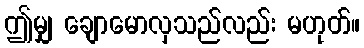
ဤမျှ ချောမောလှသည်လည်း မဟုတ်။